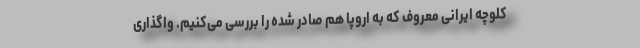
کلوچه ایرانی معروف که به اروپا هم صادر شده را بررسی می‌کنیم. واگذاری